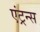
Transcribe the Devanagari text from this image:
एंट्रन्स